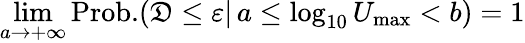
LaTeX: \operatorname*{lim}_{a\to+\infty}\mathrm{Prob.}(\mathfrak{D}\le\varepsilon\vert\, a\le\log_{10}U_{\mathrm{max}}<b)=1